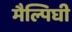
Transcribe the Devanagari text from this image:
मैल्पिघी